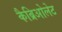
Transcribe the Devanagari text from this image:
कैब्रिओलेट